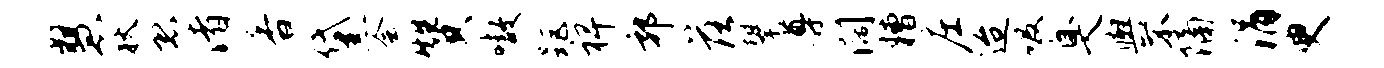
慧狄恐渚香黛会赞嗷距裨郭落攀尊阔糟庄迨吸臭舆不隔涓臾